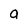
Character: a